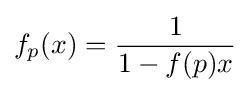
f_{p}(x)={\frac {1}{1-f(p)x}}